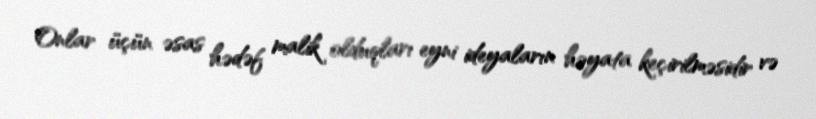
Onlar üçün əsas hədəf malik olduqları eyni ideyaların həyata keçirilməsidir və